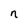
Character: n